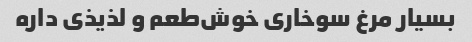
بسیار مرغ سوخاری خوش‌طعم و لذیذی داره